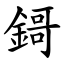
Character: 鎶